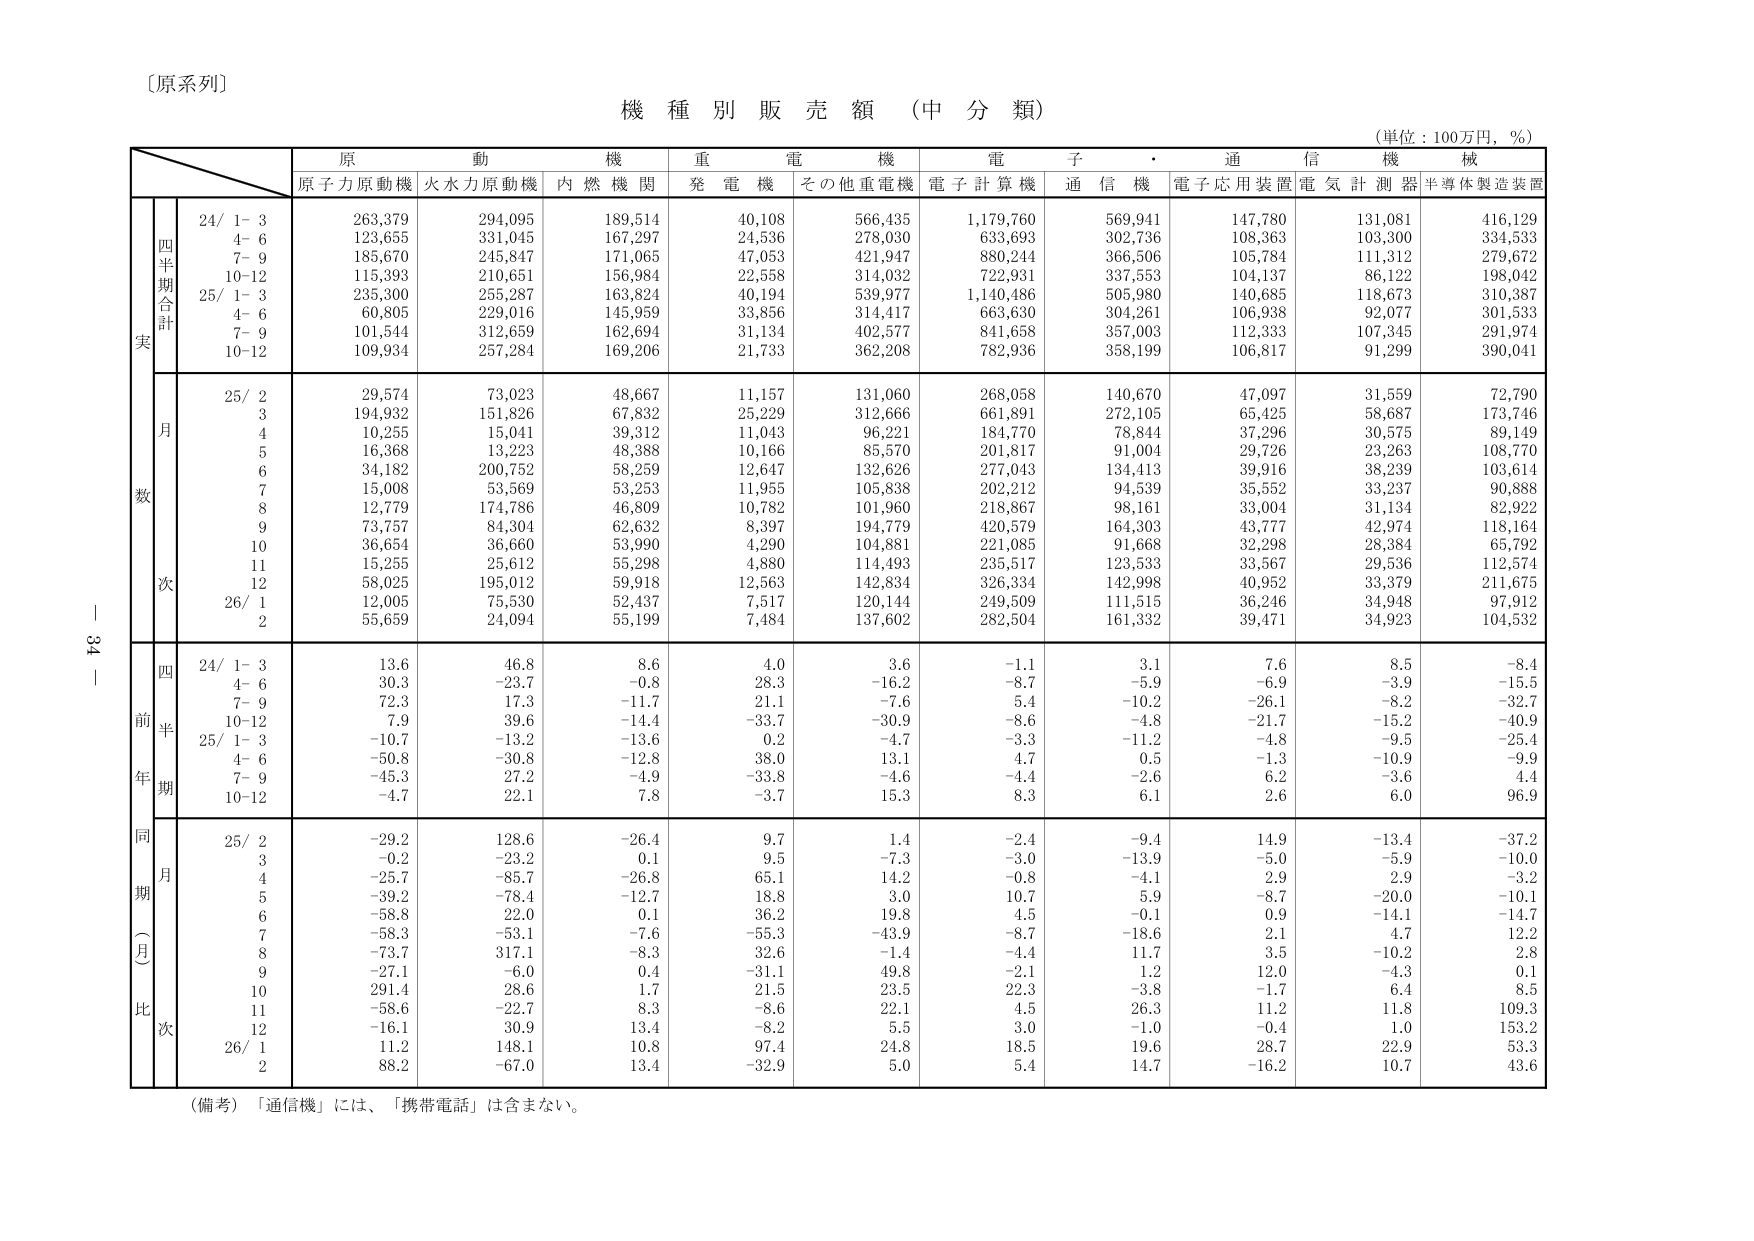
〔原系列〕

機 種 別 販 売 額 （中 分 類）

（単位：100万円，％）

原 動 機 重 電 機 電 子 ・ 通 信 機 械
原子力原動機 火水力原動機 内 燃 機 関 発 電 機 その他重電機 電 子 計 算 機 通 信 機 電子応用装置 電 気 計 測 器 半導体製造装置

四半期合計
24/ 1- 3 263,379 294,095 189,514 40,108 566,435 1,179,760 569,941 147,780 131,081 416,129
4- 6 123,655 331,045 167,297 24,536 278,030 633,693 302,736 108,363 103,300 334,533
7- 9 185,670 245,847 171,065 47,053 421,947 880,244 366,506 105,784 111,312 279,672
10-12 115,393 210,651 156,984 22,558 314,032 722,931 337,553 104,137 86,122 198,042
25/ 1- 3 235,300 255,287 163,824 40,194 539,977 1,140,486 505,980 140,685 118,673 310,387
4- 6 60,805 229,016 145,959 33,856 314,417 663,630 304,261 106,938 92,077 301,533
7- 9 101,544 312,659 162,694 31,134 402,577 841,658 357,003 112,333 107,345 291,974
10-12 109,934 257,284 169,206 21,733 362,208 782,936 358,199 106,817 91,299 390,041

月数
25/ 2 29,574 73,023 48,667 11,157 131,060 268,058 140,670 47,097 31,559 72,790
3 194,932 151,826 67,832 25,229 312,666 661,891 272,105 65,425 58,687 173,746
4 10,255 15,041 39,312 11,043 96,221 184,770 78,844 37,296 30,575 89,149
5 16,368 13,223 48,388 10,166 85,570 201,817 91,004 29,726 23,263 108,770
6 34,182 200,752 58,259 12,647 132,626 277,043 134,413 39,916 38,239 103,614
7 15,008 53,569 53,253 11,955 105,838 202,212 94,539 35,552 33,237 90,888
8 12,779 174,786 46,809 10,782 101,960 218,867 98,161 33,004 31,134 82,922
9 73,757 84,304 62,632 8,397 194,779 420,579 164,303 43,777 42,974 118,164
10 36,654 36,660 53,990 4,290 104,881 221,085 91,668 32,298 28,384 65,792
11 15,255 25,612 55,298 4,880 114,493 235,517 123,533 33,567 29,536 112,574
12 58,025 195,012 59,918 12,563 142,834 326,334 142,998 40,952 33,379 211,675
26/ 1 12,005 75,530 52,437 7,517 120,144 249,509 111,515 36,246 34,948 97,912
2 55,659 24,094 55,199 7,484 137,602 282,504 161,332 39,471 34,923 104,532

四半期
24/ 1- 3 13.6 46.8 8.6 4.0 3.6 -1.1 3.1 7.6 8.5 -8.4
4- 6 30.3 -23.7 -0.8 28.3 -16.2 -8.7 -5.9 -6.9 -3.9 -15.5
7- 9 72.3 17.3 -11.7 21.1 -7.6 5.4 -10.2 -26.1 -8.2 -32.7
10-12 7.9 39.6 -14.4 -33.7 -30.9 -8.6 -4.8 -21.7 -15.2 -40.9
25/ 1- 3 -10.7 -13.2 -13.6 0.2 -4.7 -3.3 -11.2 -4.8 -9.5 -25.4
4- 6 -50.8 -30.8 -12.8 38.0 13.1 4.7 0.5 -1.3 -10.9 -9.9
7- 9 -45.3 27.2 -4.9 -33.8 -4.6 -4.4 -2.6 6.2 -3.6 4.4
10-12 -4.7 22.1 7.8 -3.7 15.3 8.3 6.1 2.6 6.0 96.9

同期（月）比次
25/ 2 -29.2 128.6 -26.4 9.7 1.4 -2.4 -9.4 14.9 -13.4 -37.2
3 -0.2 -23.2 0.1 9.5 -7.3 -3.0 -13.9 -5.0 -5.9 -10.0
4 -25.7 -85.7 -26.8 65.1 14.2 -0.8 -4.1 2.9 2.9 -3.2
5 -39.2 -78.4 -12.7 18.8 3.0 10.7 5.9 -8.7 -20.0 -10.1
6 -58.8 22.0 0.1 36.2 19.8 4.5 -0.1 0.9 -14.1 -14.7
7 -58.3 -53.1 -7.6 -55.3 -43.9 -8.7 -18.6 2.1 4.7 12.2
8 -73.7 317.1 -8.3 32.6 -1.4 -4.4 11.7 3.5 -10.2 2.8
9 -27.1 -6.0 0.4 -31.1 49.8 -2.1 1.2 12.0 -4.3 0.1
10 291.4 28.6 1.7 21.5 23.5 22.3 -3.8 -1.7 6.4 8.5
11 -58.6 -22.7 8.3 -8.6 22.1 4.5 26.3 11.2 11.8 109.3
12 -16.1 30.9 13.4 -8.2 5.5 3.0 -1.0 -0.4 1.0 153.2
26/ 1 11.2 148.1 10.8 97.4 24.8 18.5 19.6 28.7 22.9 53.3
2 88.2 -67.0 13.4 -32.9 5.0 5.4 14.7 -16.2 10.7 43.6

（備考）「通信機」には、「携帯電話」は含まない。

34 - 1